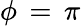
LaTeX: \phi\, =\, \pi